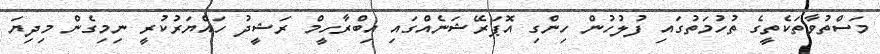
މަސްތުވާތަކެތީގެ ތުހުމަތުގައި ފުލުހުން ހިންގި އޮޕަރޭޝަނެއްގައި އިބްރާހީމް ރަޝީދު ހައްޔަރުކުރީ ނިމިގެން މިދިޔަ